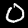
Digit: 0